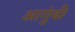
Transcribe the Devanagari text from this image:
आगुंबी